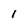
Character: l